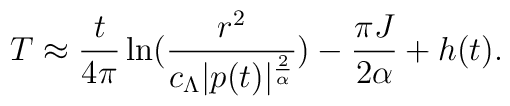
T \approx \frac{t}{4\pi} \ln(\frac{r^2}{c_\Lambda|p(t)|^{\frac{2}{\alpha}}}) -\frac{\pi J}{2\alpha} +h(t).